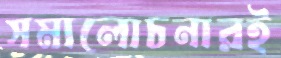
সমালোচনারই